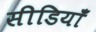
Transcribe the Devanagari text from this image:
सीडियाँ